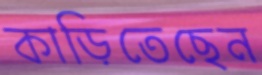
কাড়িতেছেন